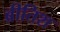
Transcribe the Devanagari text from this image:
ब्रीतिश